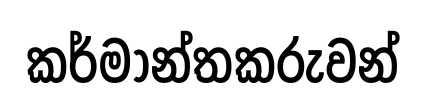
කර්මාන්තකරුවන්